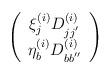
LaTeX: \begin{align*}\left( \begin{array}{c} {\xi}^{(i)}_{j}D^{(i)}_{jj^{'}}\\ {\eta}^{(i)}_{b}D^{(i)}_{bb^{''}} \end{array} \right)\end{align*}